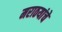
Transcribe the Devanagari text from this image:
मराठयांचे